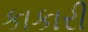
કાકારી